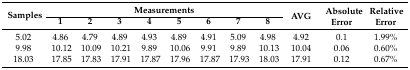
<table><thead><tr><td rowspan="2"><b>Samples</b></td><td colspan="8"><b>Measurements</b></td><td rowspan="2"><b>AVG</b></td><td rowspan="2"><b>Absolute Error</b></td><td rowspan="2"><b>Relative Error</b></td></tr><tr><td><b>1</b></td><td><b>2</b></td><td><b>3</b></td><td><b>4</b></td><td><b>5</b></td><td><b>6</b></td><td><b>7</b></td><td><b>8</b></td></tr></thead><tbody><tr><td>5.02</td><td>4.86</td><td>4.79</td><td>4.89</td><td>4.93</td><td>4.89</td><td>4.91</td><td>5.09</td><td>4.98</td><td>4.92</td><td>0.1</td><td>1.99%</td></tr><tr><td>9.98</td><td>10.12</td><td>10.09</td><td>10.21</td><td>9.89</td><td>10.06</td><td>9.91</td><td>9.89</td><td>10.13</td><td>10.04</td><td>0.06</td><td>0.60%</td></tr><tr><td>18.03</td><td>17.85</td><td>17.83</td><td>17.91</td><td>17.87</td><td>17.96</td><td>17.87</td><td>17.93</td><td>18.03</td><td>17.91</td><td>0.12</td><td>0.67%</td></tr></tbody></table>